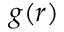
g ( r )